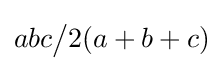
abc{\big /}2(a+b+c)